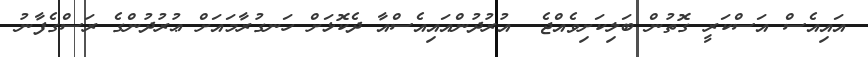
އައިއެސް އަސްކަރީ ގޮތުން ބަލިކަށިވެއްޖެ  އުރުދުންއައިއެސްއާ ދެކޮޅަށް ހަނގުރާމައަށް ޢުރުދުންގެ ރަސްގެފާނު